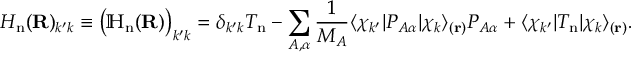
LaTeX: H _ { \mathrm { n } } ( \mathbf { R } ) _ { k ^ { \prime } k } \equiv { \big ( } \mathbb { H } _ { \mathrm { n } } ( \mathbf { R } ) { \big ) } _ { k ^ { \prime } k } = \delta _ { k ^ { \prime } k } T _ { \mathrm { n } } - \sum _ { A , \alpha } { \frac { 1 } { M _ { A } } } \langle \chi _ { k ^ { \prime } } | P _ { A \alpha } | \chi _ { k } \rangle _ { ( \mathbf { r } ) } P _ { A \alpha } + \langle \chi _ { k ^ { \prime } } | T _ { \mathrm { n } } | \chi _ { k } \rangle _ { ( \mathbf { r } ) } .